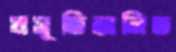
প্রসূতিজনিত